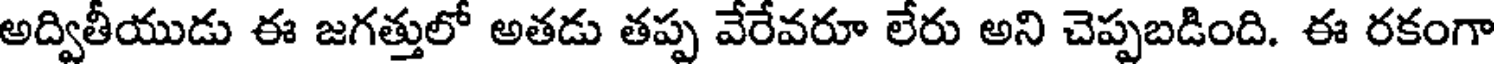
అద్వితీయుడు ఈ జగత్తులో అతడు తప్ప వేరేవరూ లేరు అని చెప్పబడింది. ఈ రకంగా